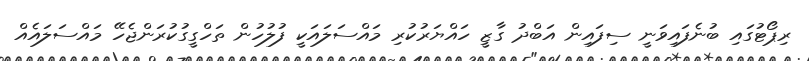
ރިޕޯޓުގައި ބުނެފައިވަނީ ސިފައިން އަބްދު ގާޒީ ހައްޔަރުކުރި މައްސަލައަކީ ފުލުހުން ތަހްގީގުކުރަންޖެހޭ މައްސަލައެއް